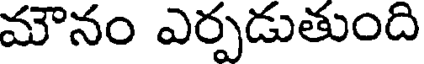
మౌనం ఎర్పడుతుంది